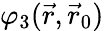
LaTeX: \varphi_{3}(\vec{r},\vec{r}_{0})